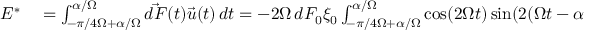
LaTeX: \begin{array} { r l } { E ^ { * } } & { { } = \int _ { - \pi / 4 \Omega + \alpha / \Omega } ^ { \alpha / \Omega } { \vec { d F } } ( t ) { \vec { u } } ( t ) \, d t = - 2 \Omega \, d F _ { 0 } \xi _ { 0 } \int _ { - \pi / 4 \Omega + \alpha / \Omega } ^ { \alpha / \Omega } \cos ( 2 \Omega t ) \sin ( 2 ( \Omega t - \alpha ) ) \, d t } \end{array}